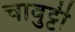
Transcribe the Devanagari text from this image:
चावुट्टी